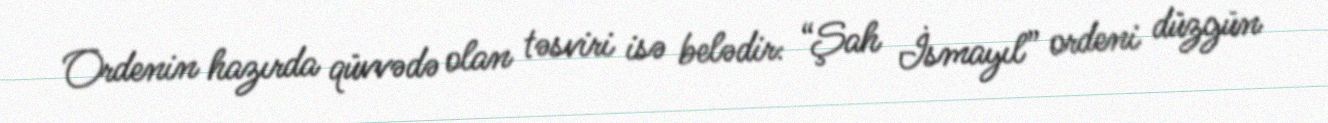
Ordenin hazırda qüvvədə olan təsviri isə belədir: “Şah İsmayıl” ordeni düzgün